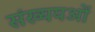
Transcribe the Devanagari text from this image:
संख्ययओं